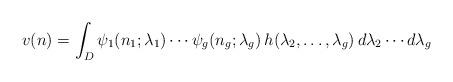
LaTeX: \begin{align*}v(n) = \int_D \psi_1(n_1; \lambda_1) \cdots \psi_g(n_g; \lambda_g) \, h(\lambda_2, \dots, \lambda_g) \, d\lambda_2 \cdots d\lambda_g\end{align*}